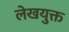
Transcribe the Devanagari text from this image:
लेखयुक्त